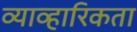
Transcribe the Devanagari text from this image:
व्याव्हारिकता